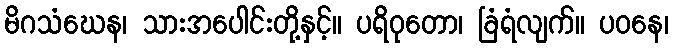
မိဂသံဃေန၊ သားအပေါင်းတို့နှင့်။ ပရိဝုတော၊ ခြံရံလျက်။ ပဝနေ၊